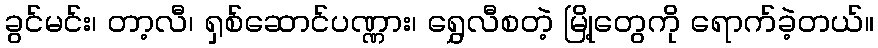
ခွင်မင်း၊ တာ့လီ၊ ရှစ်ဆောင်ပဏ္ဏား၊ ရွှေလီစတဲ့ မြို့တွေကို ရောက်ခဲ့တယ်။